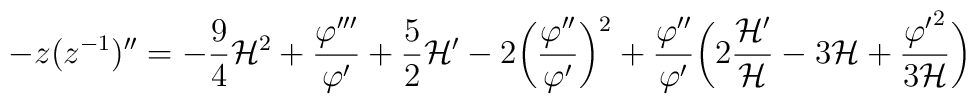
-z(z^{-1})''= - \frac{9}{4} {\cal H}^2 + \frac{\varphi'''}{\varphi'}+ \frac{5}{2} {\cal H}'  - 2 \biggl(\frac{\varphi''}{\varphi'}\biggr)^2 +\frac{\varphi''}{\varphi'} \biggl( 2 \frac{{\cal H}'}{\cal H} - 3 {\cal H} + \frac{{\varphi'}^2}{3 {\cal H}} \biggr)